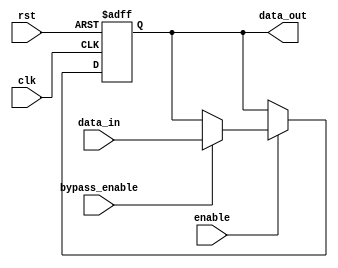
module simple_bypass_register (
    input wire clk,
    input wire rst,
    input wire enable,
    input wire bypass_enable,
    input wire [31:0] data_in,
    output reg [31:0] data_out
);

reg [31:0] register;

always @ (posedge clk or posedge rst)
begin
    if (rst)
        register <= 32'h0;
    else if (enable)
    begin
        if (bypass_enable)
            register <= data_in;
        else
            register <= register;
    end
end

assign data_out = register;

endmodule